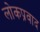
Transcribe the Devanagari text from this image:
लोकप्रवाद